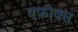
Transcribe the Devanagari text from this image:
एफोक्स